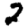
Digit: 2